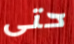
حتى